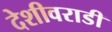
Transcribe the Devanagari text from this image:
देशीवराडी